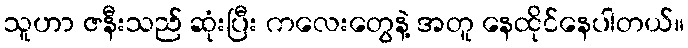
သူဟာ ဇနီးသည် ဆုံးပြီး ကလေးတွေနဲ့ အတူ နေထိုင်နေပါတယ်။